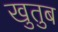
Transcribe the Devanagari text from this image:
खुतुब